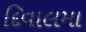
દિવાલમા